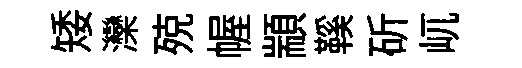
矮灤殑幄顓鞵斫屼